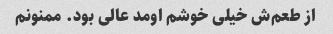
از طعم‌ش خیلی خوشم اومد عالی بود. ممنونم